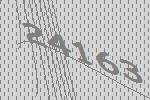
24163